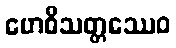
ဗောဓိသတ္တဿေဝ